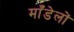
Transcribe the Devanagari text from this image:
माँडेलों